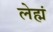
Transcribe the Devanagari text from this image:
लेह्मं